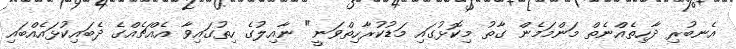
އެނބުރި ދާހިތެއްނެތް މަންމަމެން ގާތު މިކޮޅުގައި މަޑުކުރާހިތްވަނީ" ނާއިލުގެ ހިތުގައިވާ އެއްޗެއްގެ ދެބައިކުޅައެއްބައި